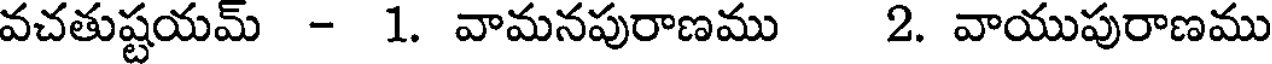
వచతుష్టయమ్ - 1. వామనపురాణము 2. వాయుపురాణము